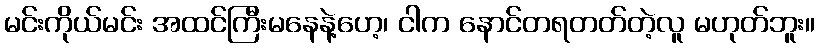
မင်းကိုယ်မင်း အထင်ကြီးမနေနဲ့ဟေ့၊ ငါက နောင်တရတတ်တဲ့လူ မဟုတ်ဘူး။